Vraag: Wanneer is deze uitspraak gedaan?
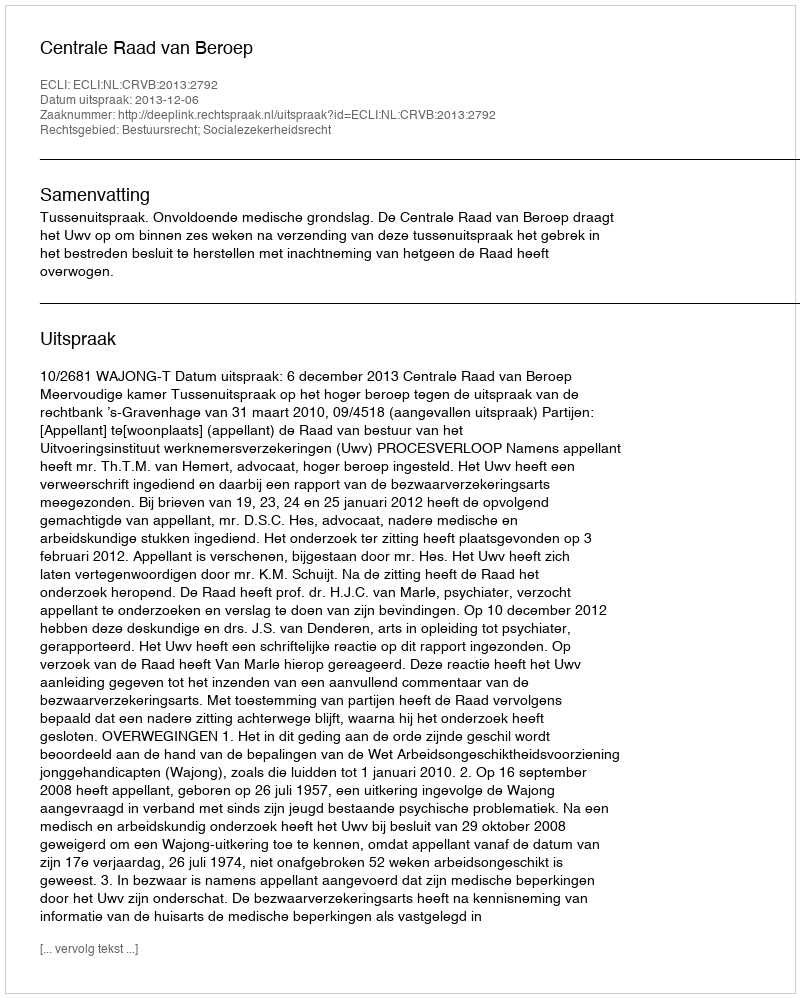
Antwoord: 2013-12-06